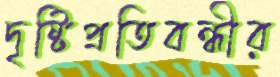
দৃষ্টিপ্রতিবন্ধীর